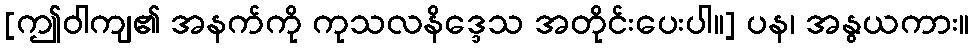
[ဤဝါကျ၏ အနက်ကို ကုသလနိဒ္ဒေသ အတိုင်းပေးပါ။] ပန၊ အနွယကား။